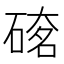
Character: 𥔇